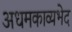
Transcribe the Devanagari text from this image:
अधमकाव्यभेद